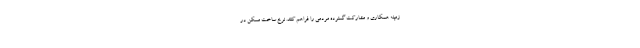
زمینه همکاری و مشارکت گسترده مردمی را فراهم کنند. نرخ ساخت مسکن در